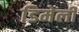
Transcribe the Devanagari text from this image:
डिमेली